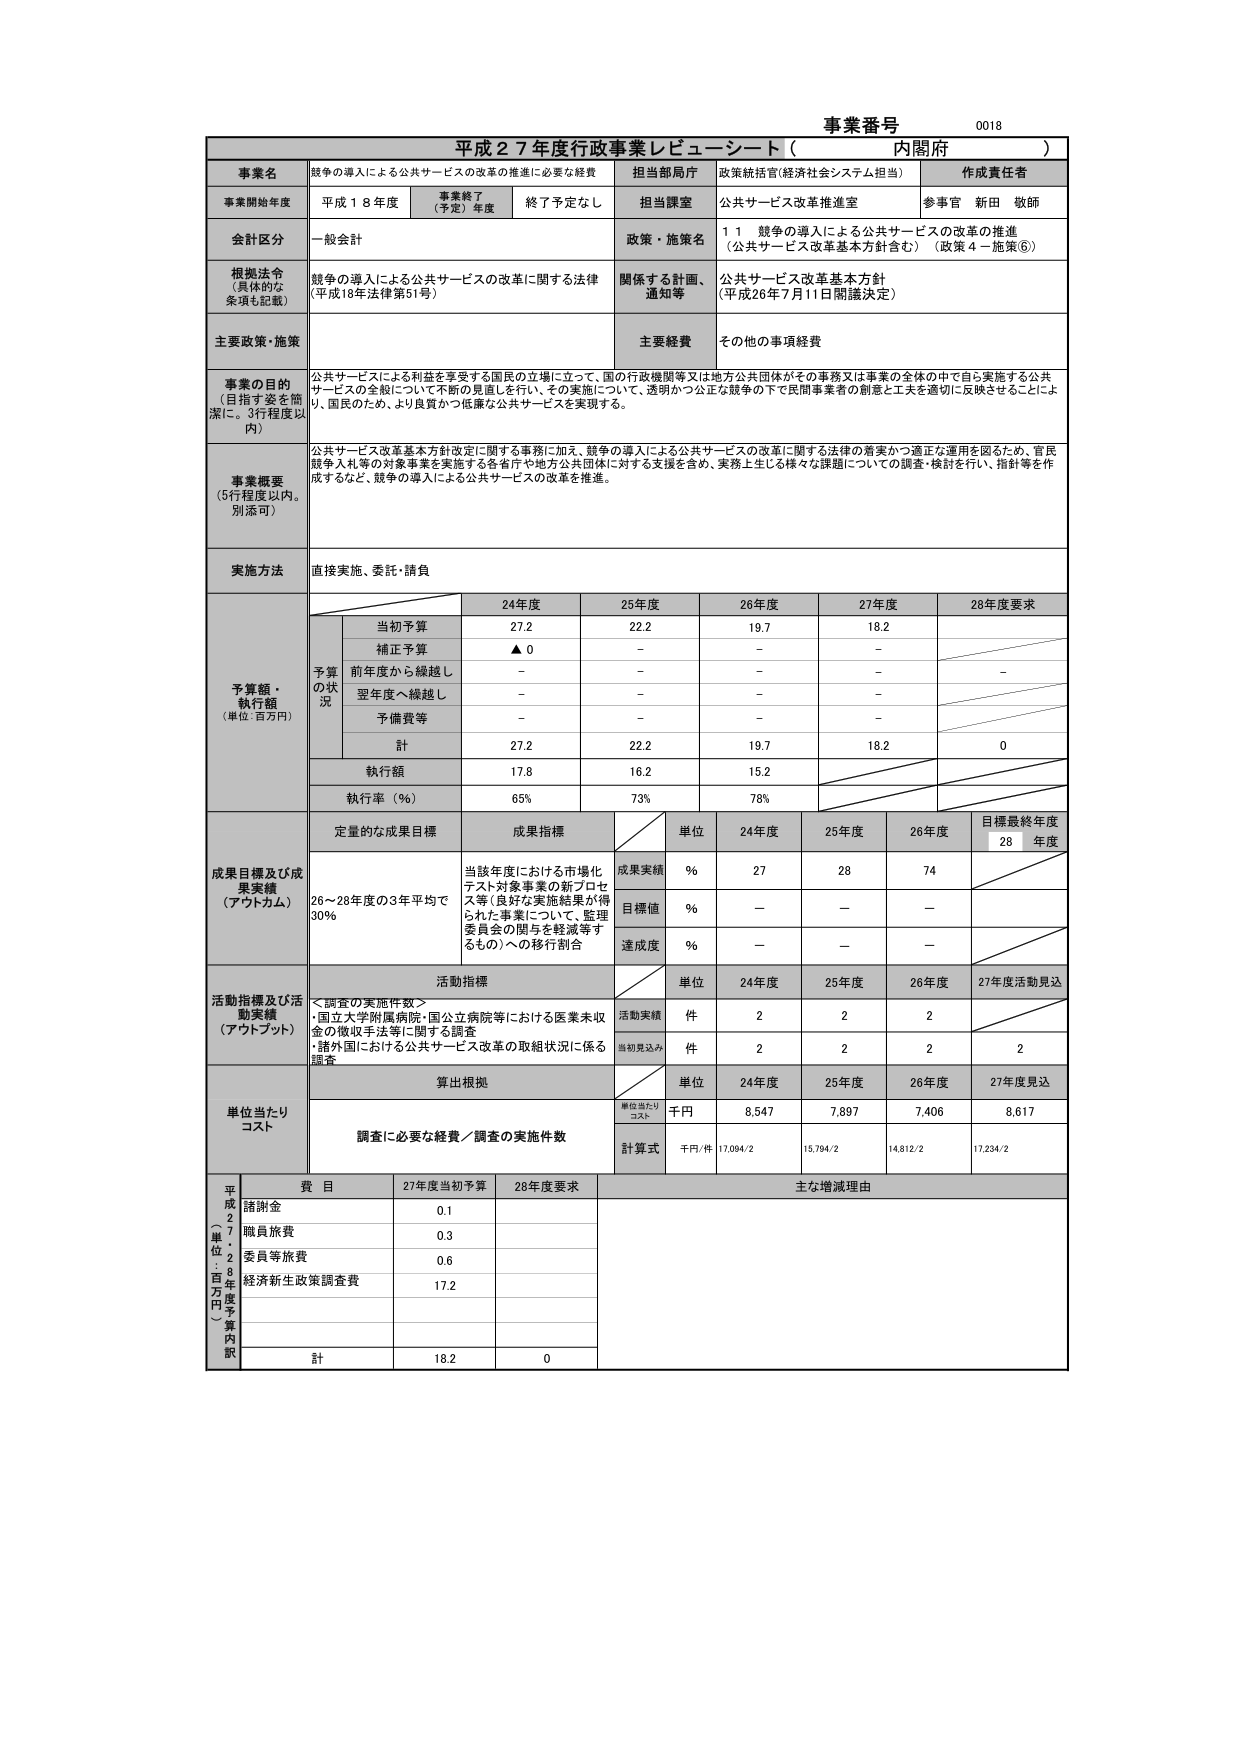
事業番号 0018
平成２７年度行政事業レビューシート（内閣府）

事業名 競争の導入による公共サービスの改革の推進に必要な経費
担当部局庁 政策統括官(経済社会システム担当)
作成責任者

事業開始年度 平成１８年度 事業終了（予定）年度 終了予定なし 担当課室 公共サービス改革推進室 参事官 新田 敬飾

会計区分 一般会計 政策・施策名 １１ 競争の導入による公共サービスの改革の推進 （公共サービス改革基本方針含む）（政策４－施策⑥）

根拠法令（具体的な条項も記載） 競争の導入による公共サービスの改革に関する法律（平成18年法律第51号） 関係する計画、通知等 公共サービス改革基本方針（平成26年7月11日閣議決定）

主要政策・施策 主要経費 その他の事項経費

事業の目的（目指す姿を簡潔に、3行程度以内） 公共サービスによる利益を享受する国民の立場に立って、国の行政機関等又は地方公共団体がその事務又は事業の全体の中で自ら実施する公共サービスの全般について不斉の見直しを行い、その実施について、透明かつ公正な競争の下で民間事業者の創意と工夫を適切に反映させることにより、国民のため、より良質かつ低廉な公共サービスを実現する。

事業概要（5行程度以内。別添可） 公共サービス改革基本方針設定に関する事務に加え、競争の導入による公共サービスの改革に関する法律の着実かつ適正な運用を図るため、官民競争入札等の対象事業を実施する各省庁や地方公共団体に対する支援を含め、実務上生じる様々な課題についての調査・検討を行い、指針等を作成するなど、競争の導入による公共サービスの改革を推進。

実施方法 直接実施、委託・請負

予算額・執行額（単位：百万円）
24年度 25年度 26年度 27年度 28年度要求
予算の状況
当初予算 27.2 22.2 19.7 18.2
補正予算 ▲0 － － －
前年度から繰越し － － － －
翌年度へ繰越し － － － －
予備費等 － － － －
計 27.2 22.2 19.7 18.2 0
執行額 17.8 16.2 15.2
執行率（％） 65% 73% 78%

成果目標及び成果実績（アウトカム） 定量的な成果目標 成果指標
単位 24年度 25年度 26年度 目標最終年度 28年度
成果実績 ％ 27 28 74
目標値 ％ － － －
達成度 ％ － － －
26～28年度の3年平均で30％ 当該年度における市場化テスト対象事業の新プロセス等（良好な実施結果が得られた事業について、監理委員会の関与を軽減等するもの）への移行割合

活動指標及び活動実績（アウトプット） 活動指標
単位 24年度 25年度 26年度 27年度活動見込
活動実績 件 2 2 2
当初見込み 件 2 2 2 2
＜調査の実施件数＞
・国立大学附属病院・国立病院等における医薬未収金の徴収手法等に関する調査
・諸外国における公共サービス改革の取組状況に係る調査

単位当たりコスト 算出根拠
単位 24年度 25年度 26年度 27年度見込
単位当たりコスト 千円 8,547 7,897 7,406 8,617
計算式 千円/件 17,094/2 15,794/2 14,812/2 17,234/2
調査に必要な経費／調査の実施件数

平成27年度（単位：百万円）予算内訳 費目 27年度当初予算 28年度要求 主な増減理由
諸謝金 0.1
職員旅費 0.3
委員等旅費 0.6
経済新生政策調査費 17.2
計 18.2 0